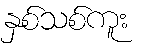
နှစ်သစ်ကူး